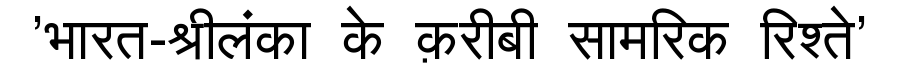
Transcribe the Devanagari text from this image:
'भारत-श्रीलंका के क़रीबी सामरिक रिश्ते'